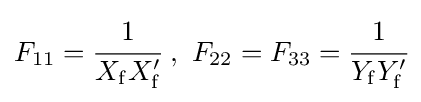
F_{11}={\cfrac {1}{X_{\mathrm {f} }X_{\mathrm {f} }^{\prime }}}\ ,\ F_{22}=F_{33}={\cfrac {1}{Y_{\mathrm {f} }Y_{\mathrm {f} }^{\prime }}}